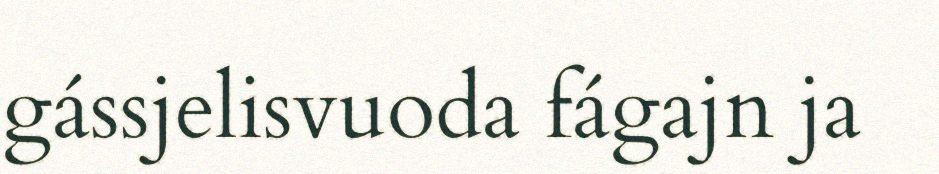
gássjelisvuoda fágajn ja